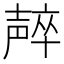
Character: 𱘠